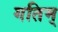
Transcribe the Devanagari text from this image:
गतिम्